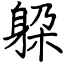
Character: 躱